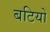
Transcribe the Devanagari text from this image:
बटियों